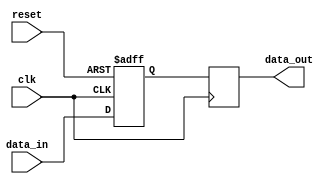
module latch_delay(
  input wire clk,
  input wire reset,
  input wire data_in,
  output reg data_out
);

  reg internal_data;

  always @(posedge clk or posedge reset) begin
    if (reset) begin
      internal_data <= 1'b0;
    end else begin
      internal_data <= data_in;
    end
  end

  always @(posedge clk) begin
    data_out <= internal_data;
  end

endmodule